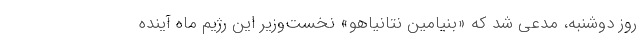
روز دوشنبه، مدعی شد که «بنیامین نتانیاهو» نخست‌وزیر این رژیم ماه آینده